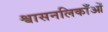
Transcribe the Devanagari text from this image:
श्वासनलिकाँओं